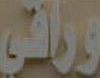
وراقي